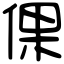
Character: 倮